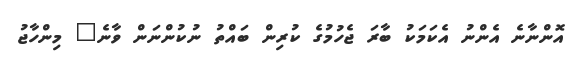
އޮންނާނެ އެންނު އެކަމަކު ބާރަ ޖެހުމުގެ ކުރިން ބައްތު ނުކުންނަން ވާނެ" މިންހާޖު